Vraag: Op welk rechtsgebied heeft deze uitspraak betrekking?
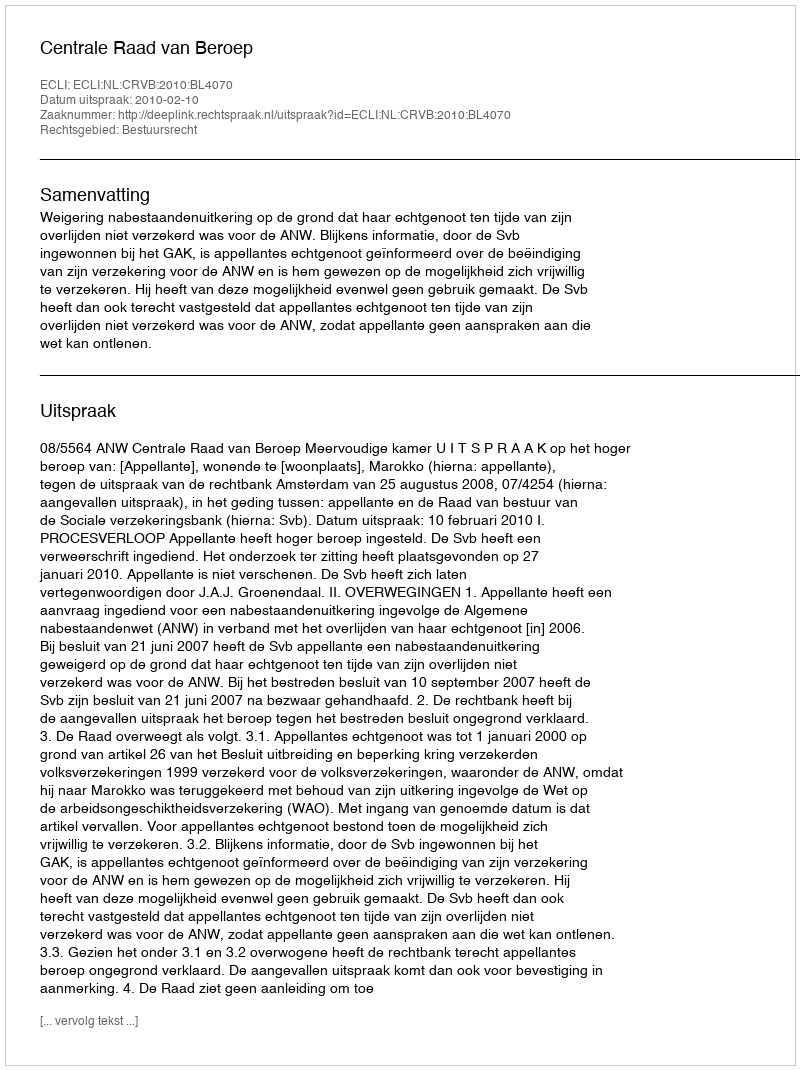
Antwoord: Bestuursrecht